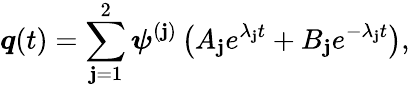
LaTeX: \boldsymbol{q}(t)=\sum_{\mathbf{j}=1}^{2}\boldsymbol{\psi}^{(\mathbf{j})}\left(A_{\mathbf{j}}e^{\lambda_{\mathbf{j}}t}+B_{\mathbf{j}}e^{-\lambda_{\mathbf{j}}t}\right),